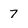
Character: 7